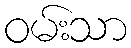
ဝမ်းသာ